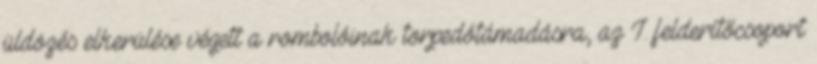
üldözés elkerülése végett a rombolóinak torpedótámadásra, az I. felderítőcsoport